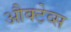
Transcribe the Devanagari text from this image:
औक्टेव्स